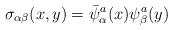
LaTeX: \begin{align*}\sigma_{\alpha\beta} (x,y)=\bar{\psi}_{\alpha}^{a}(x)\psi_{\beta}^{a}(y)\end{align*}